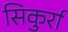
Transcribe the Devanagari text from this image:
सिकुर्रा